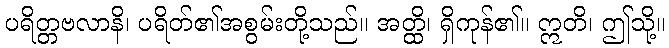
ပရိတ္တဗလာနိ၊ ပရိတ်၏အစွမ်းတို့သည်။ အတ္ထိ၊ ရှိကုန်၏။ ဣတိ၊ ဤသို့။